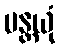
မန္တယုံ